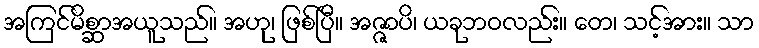
အကြင်မိစ္ဆာအယူသည်။ အဟု၊ ဖြစ်ပြီ။ အဇ္ဇာပိ၊ ယခုဘဝလည်း။ တေ၊ သင့်အား။ သာ